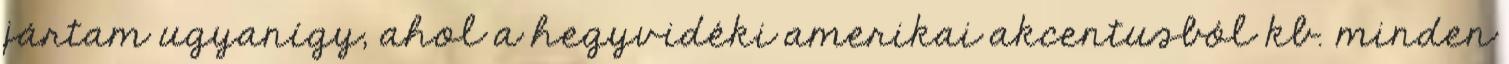
jártam ugyanígy, ahol a hegyvidéki amerikai akcentusból kb. minden